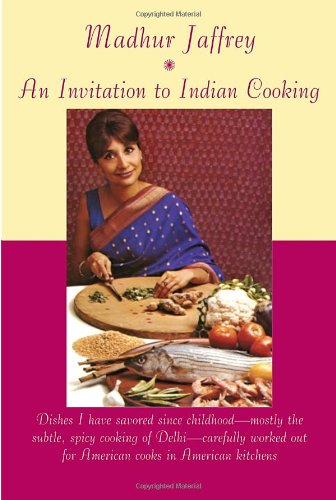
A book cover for An Invitation to Indian Cooking; Madhur Jaffrey; Cookbooks, Food & Wine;